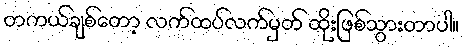
တကယ်ချစ်တော့ လက်ထပ်လက်မှတ် ထိုးဖြစ်သွားတာပါ။